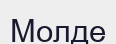
Молде